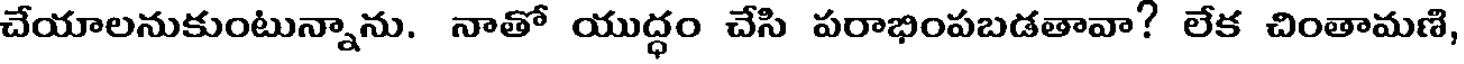
చేయాలనుకుంటున్నాను. నాతో యుద్ధం చేసి పరాభింపబడతావా? లేక చింతామణి,